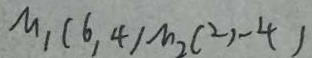
\mu _ { 1 } ( 6 , 4 ) \mu _ { 2 } ( 2 , - 4 )